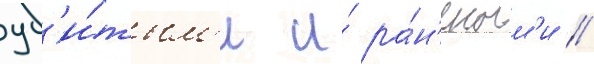
уб'и́тым'и и́ ра́н'еным'и //